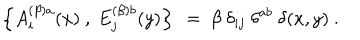
\left\{ A _ { i } ^ { ( \beta ) a } ( x ) ~ , ~ E _ { j } ^ { ( \beta ) b } ( y ) \right\} ~ = ~ \beta ~ \delta _ { i j } ~ \delta ^ { a b } ~ \delta ( x , y ) ~ .